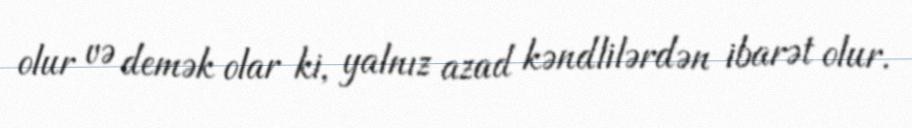
olur və demək olar ki, yalnız azad kəndlilərdən ibarət olur.